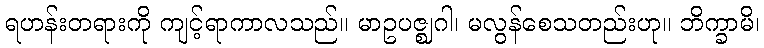
ရဟန်းတရားကို ကျင့်ရာကာလသည်။ မာဥပဇ္ဈဂါ၊ မလွန်စေသတည်းဟု။ ဘိက္ခာမိ၊